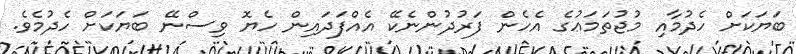
ބަޔަކަށް ހެދުމާއި މުޖުތަމަޢުގެ އެހެން ފަރުދުންނެކޭ އެއްފަދައިން ހެޔޮ ވިސްނޭ ބަޔަކަށް ހެދުމެވެ.